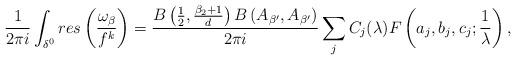
LaTeX: \begin{align*}\frac{1}{2\pi i}\int_{\delta^{0}} res\left(\frac{\omega_\beta}{f^k}\right)=\frac{B\left(\frac{1}{2},\frac{\beta_2+1}{d} \right)B\left(A_{\beta'},A_{\beta'}\right)}{2\pi i}\sum_{j}C_j(\lambda)F\left(a_j,b_j,c_j;\frac{1}{\lambda} \right),\end{align*}